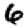
Digit: 6